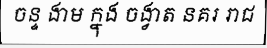
ចន្ទ ងាម ក្នុង ចង្វាត នគរ រាជ